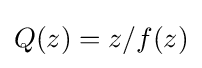
Q(z)=z/f(z)